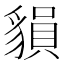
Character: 𧳷